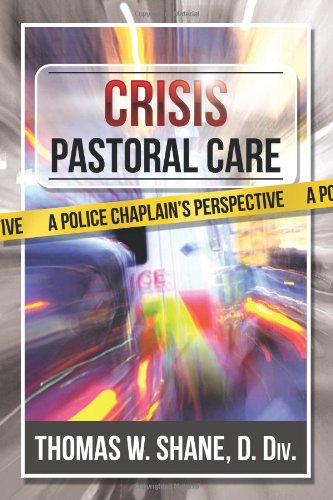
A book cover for Crisis Pastoral Care: A Police Chaplain's Perspective; Thomas W. Shane  D.Div.; Christian Books & Bibles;